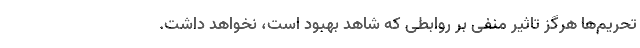
تحریم‌ها هرگز تاثیر منفی بر روابطی که شاهد بهبود است،‌ نخواهد داشت.